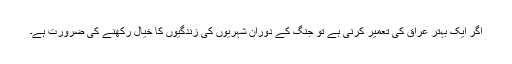
اگر ایک بہتر عراق کی تعمیر کرنی ہے تو جنگ کے دوران شہریوں کی زندگیوں کا خیال رکھنے کی ضرورت ہے۔